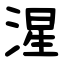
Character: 湦